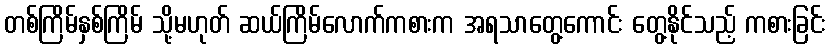
တစ်ကြိမ်နှစ်ကြိမ် သို့မဟုတ် ဆယ်ကြိမ်လောက်ကစားက အရသာတွေ့ကောင်း တွေ့နိုင်သည့် ကစားခြင်း